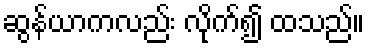
ဆွန်ယာကလည်း လိုက်၍ ထသည်။